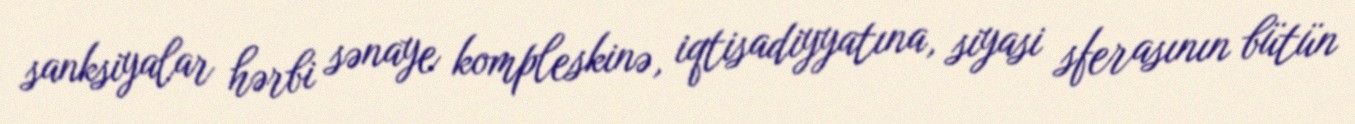
sanksiyalar hərbi sənaye kompleskinə, iqtisadiyyatına, siyasi sferasının bütün